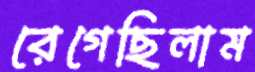
রেগেছিলাম